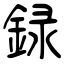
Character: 録